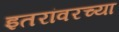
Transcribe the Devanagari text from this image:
इतरांवरच्या